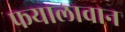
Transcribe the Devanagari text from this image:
फयालावान